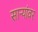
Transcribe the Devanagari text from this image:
साऱ्यांवर